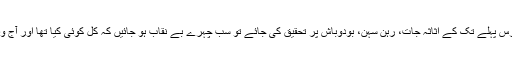
اگر پاکستانی اراکین ِاسمبلی کے تیس برس پہلے تک کے اثاثہ جات، رہن سہن، بودوباش پر تحقیق کی جائے تو سب چہرے بے نقاب ہو جائیں کہ کل کوئی کیا تھا اور آج وہ کروڑ پتی یا ارب پتی کیسے بنا ہے ؟